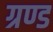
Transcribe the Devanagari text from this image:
ग्रण्ड